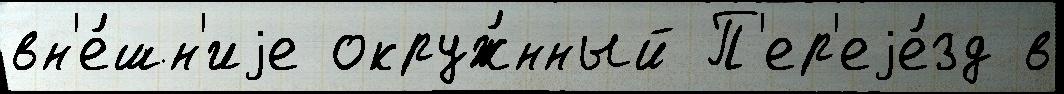
вн'е́шн'иjе окруж́нный П'ер'еjе́зд в